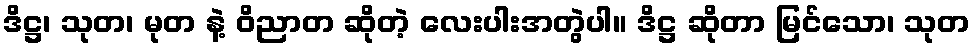
ဒိဋ္ဌ၊ သုတ၊ မုတ နဲ့ ဝိညာတ ဆိုတဲ့ လေးပါးအတွဲပါ။ ဒိဋ္ဌ ဆိုတာ မြင်သော၊ သုတ